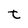
Character: t